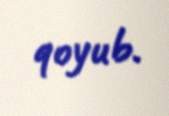
qoyub.